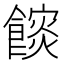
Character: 𮩏